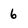
Character: 6